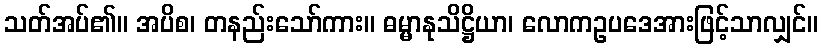
သတ်အပ်၏။ အပိစ၊ တနည်းသော်ကား။ ဓမ္မာနုသိဋ္ဌိယာ၊ လောကဥပဒေအားဖြင့်သာလျှင်။